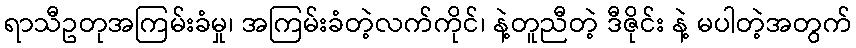
ရာသီဥတုအကြမ်းခံမှု၊ အကြမ်းခံတဲ့လက်ကိုင်၊ နဲ့တူညီတဲ့ ဒီဇိုင်း နဲ့ မပါတဲ့အတွက်